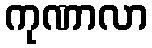
ကုဏာလာ